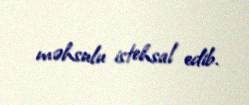
məhsulu istehsal edib.